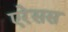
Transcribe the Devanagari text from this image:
एरेसस